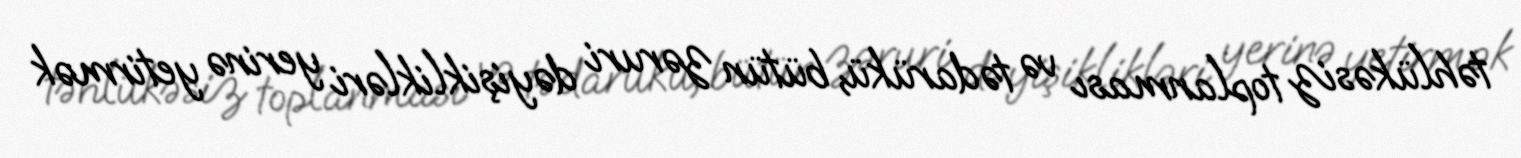
təhlükəsiz toplanması və tədarükü, bütün zəruri dəyişiklikləri yerinə yetirmək